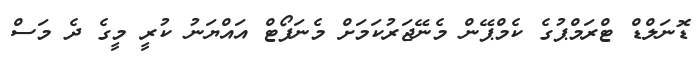
ޑޮނަލްޑް ޓްރަމްޕުގެ ކެމްޕޭން މެނޭޖަރުކަމަށް މެނަފޯޓް އައްޔަނު ކުރީ މީގެ ދެ މަސް